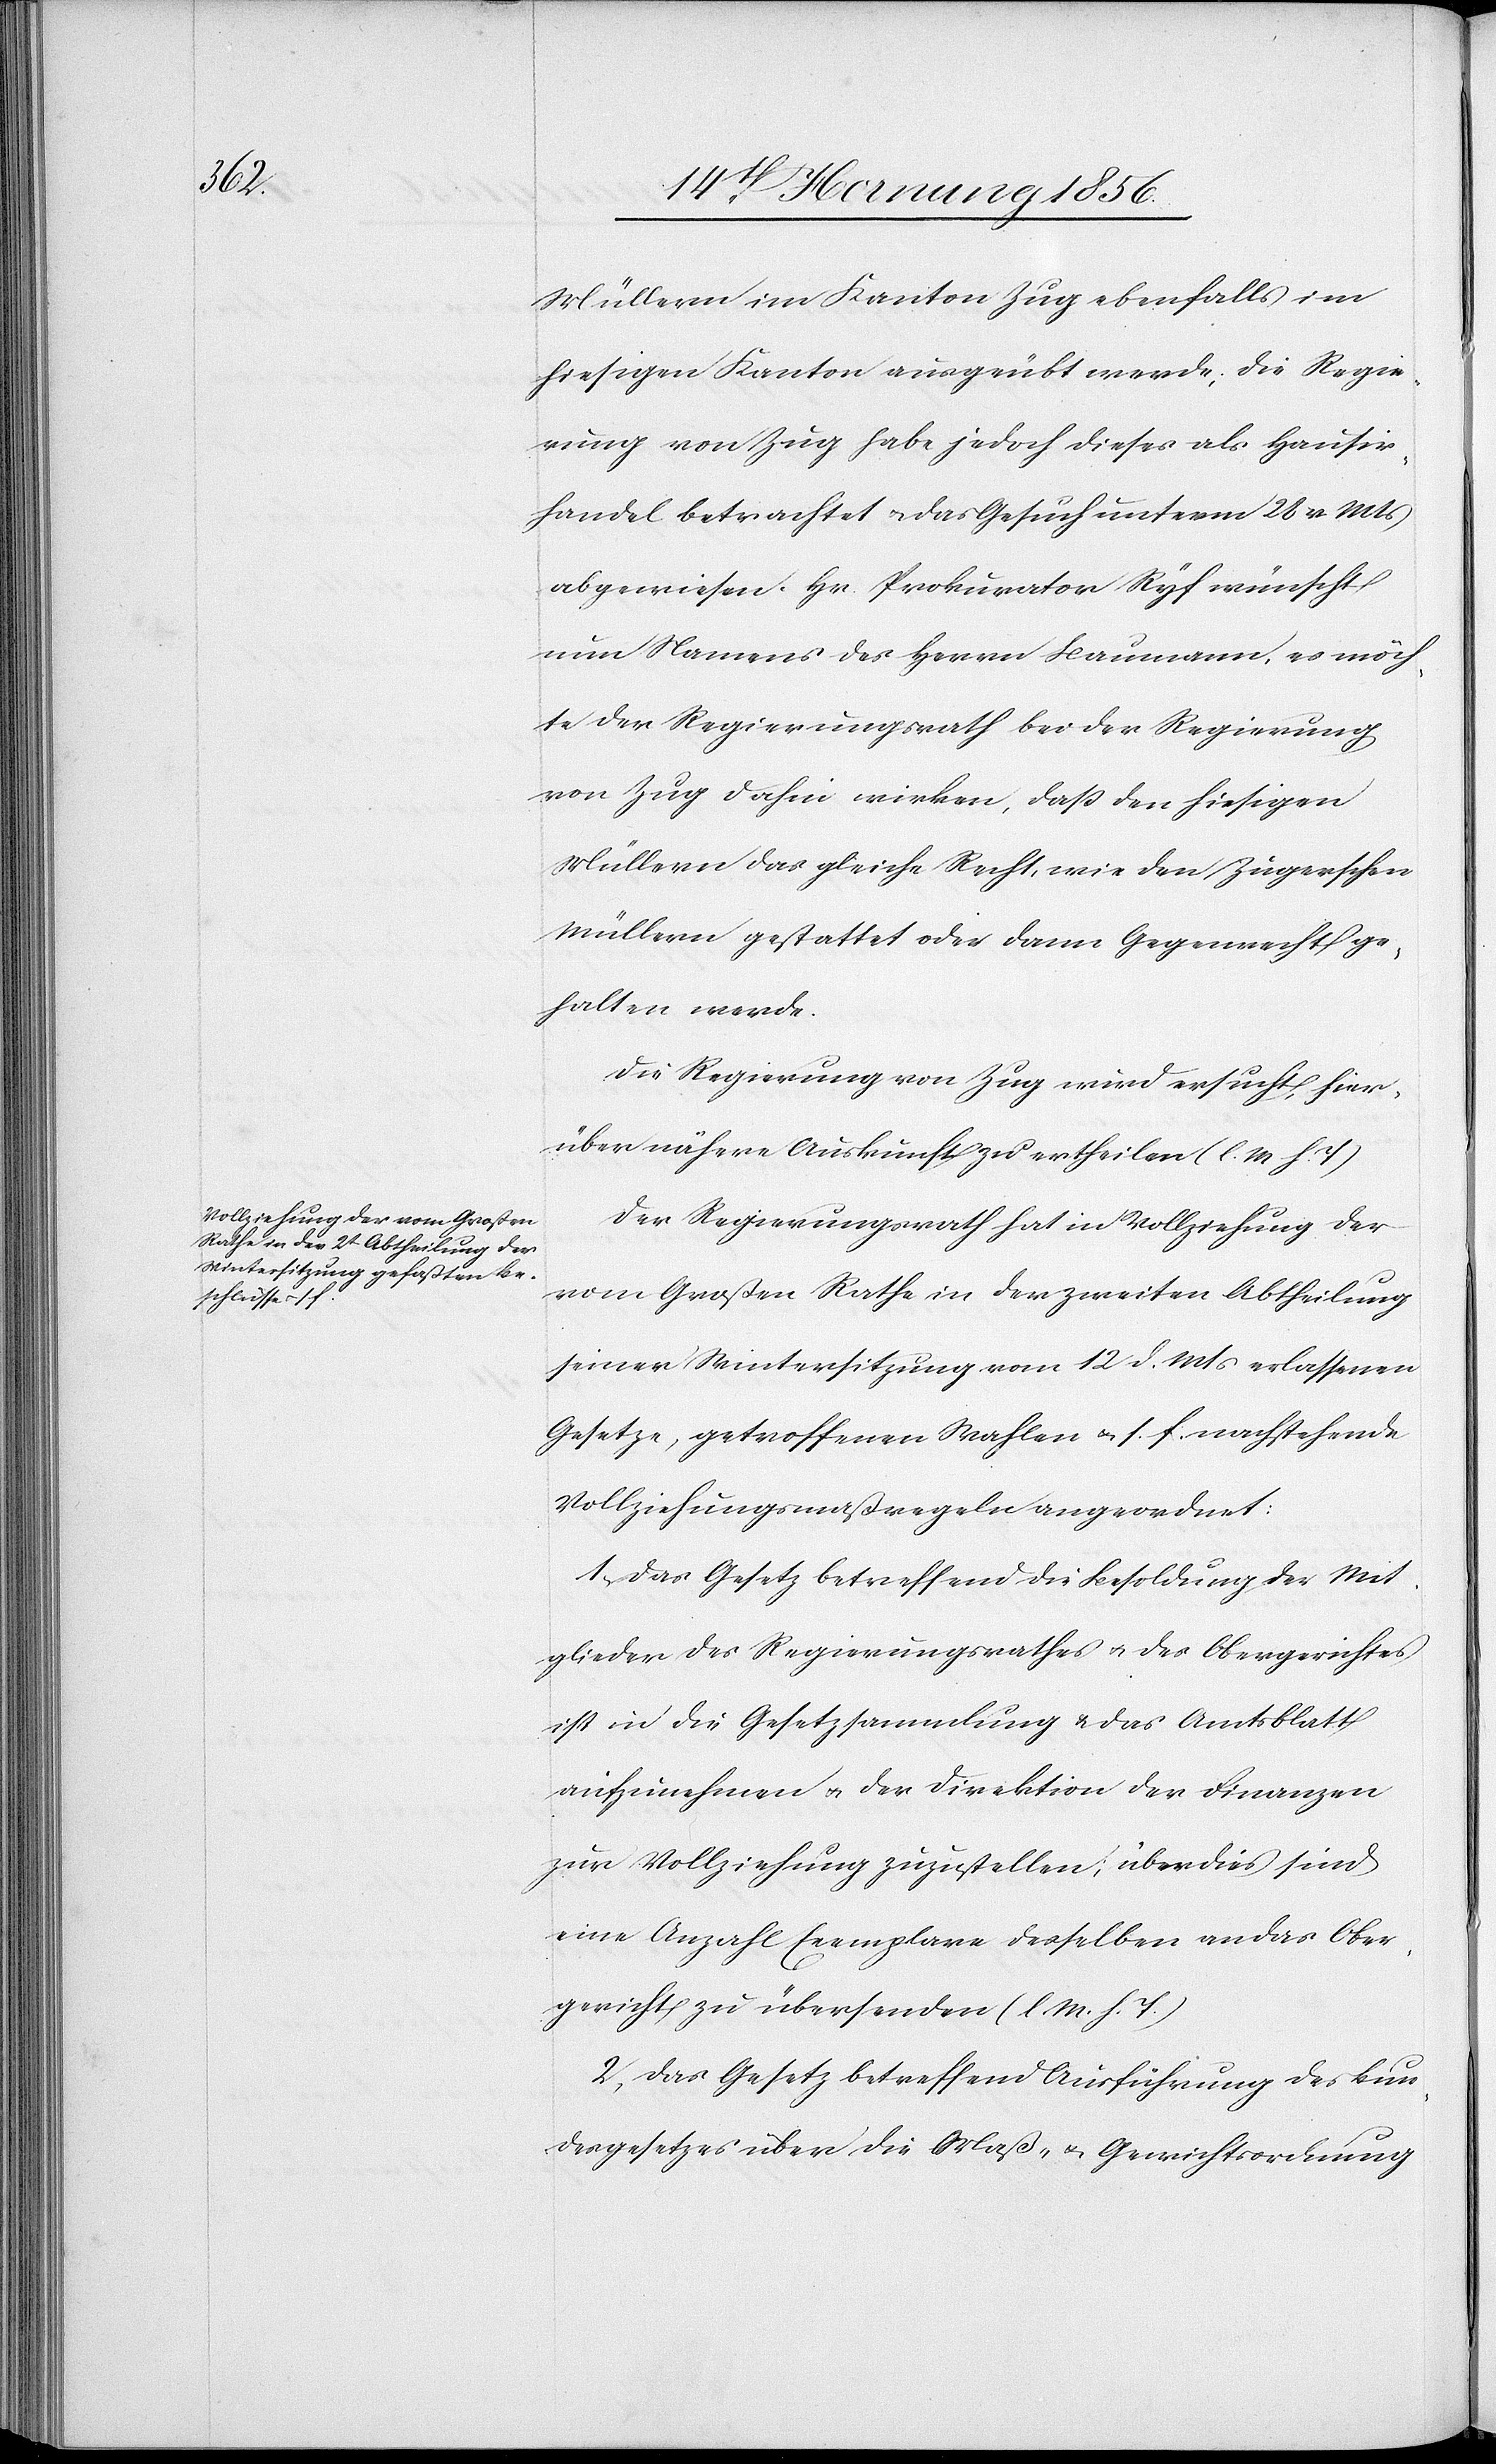
Müllern im Kanton Zug ebenfalls im
hiesigen Kanton ausgeübt werde, die Regie¬
rung von Zug habe jedoch dieses als Hausir¬
handel betrachtet u. das Gesuch unterm 28 v. Mts
abgewiesen. Hr. Prokurator Ryf wünscht
nun Namens des Herrn Baumann, es möch¬
te der Regierungsrath bei der Regierung
von Zug dahin wirken, daß den hiesigen
Müllern das gleiche Recht, wie den Zugerschen
Müllern gestattet oder dann Gegenrecht ge¬
halten werde.
Die Regierung von Zug wird ersucht, hier¬
über nähere Auskunft zu ertheilen (l. M. h. T.)
Der Regierungsrath hat in Vollziehung der
vom Großen Rathe in der zweiten Abtheilung
seiner Wintersitzung vom 12 d. Mts erlassenen
Gesetze, getroffenen Wahlen u. s. f. nachstehende
Vollziehungsmaßregeln angeordnet:
1., Das Gesetz betreffend die Besoldung der Mit¬
glieder des Regierungsrathes u. des Obergerichtes
ist in die Gesetzsammlung & das Amtsblatt
aufzunehmen u. der Direktion der Finanzen
zur Vollziehung zuzustellen; überdies sind
eine Anzahl Exemplare desselben an das Ober¬
gericht zu übersenden (l. M. h. T.)
2., Das Gesetz betreffend Ausführung des Bun¬
desgesetzes über die Maß- u. Gewichtsordnung